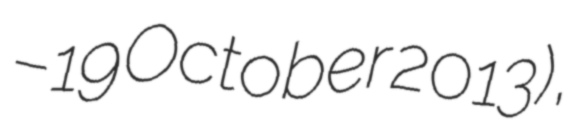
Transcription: – 19 October 2013),